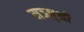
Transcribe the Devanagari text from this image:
मञ्जुश्री